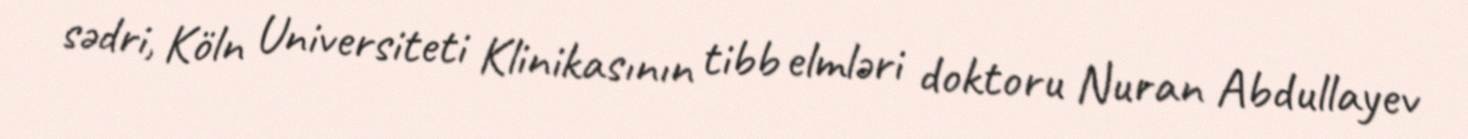
sədri, Köln Universiteti Klinikasının tibb elmləri doktoru Nuran Abdullayev